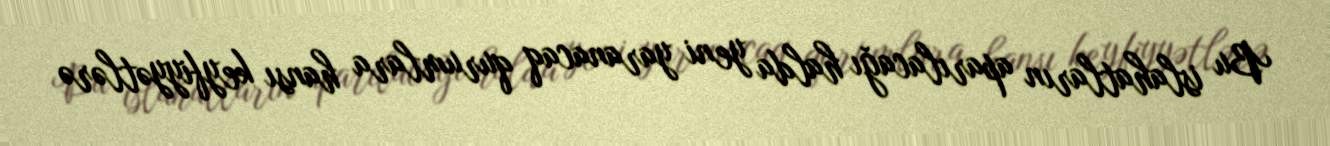
Bu islahatların aparılacağı halda yeni yaranacaq qurumlara hansı keyfiyyətlərə